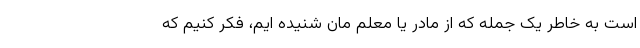
است به خاطر یک جمله که از مادر یا معلم مان شنیده ایم، فکر کنیم که